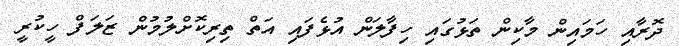
ދޮރާއި ހަމައިން މާކިން ތަޅުގައި ހިފާލަން އުޅެފައި އަތް ތިރިކޮށްލުމުން ޒަލަފް ހީކުރީ